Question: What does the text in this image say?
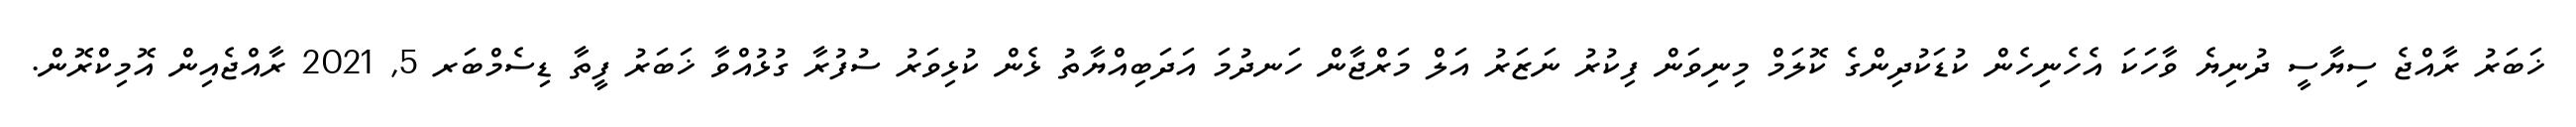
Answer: ޚަބަރު ރާއްޖެ ސިޔާސީ ދުނިޔެ ވާހަކަ އެހެނިހެން ކުޑަކުދިންގެ ކޮލަމް މިނިވަން ފިކުރު ނަޒަރު އަލް މަރްޖާން ހަނދުމަ އަދަބިއްޔާތު ޅެން ކުޅިވަރު ސުފުރާ ގުޅުއްވާ ޚަބަރު ފީތާ ޑިސެމްބަރ 5, 2021 ރާއްޖެއިން އޮމިކްރޮން.